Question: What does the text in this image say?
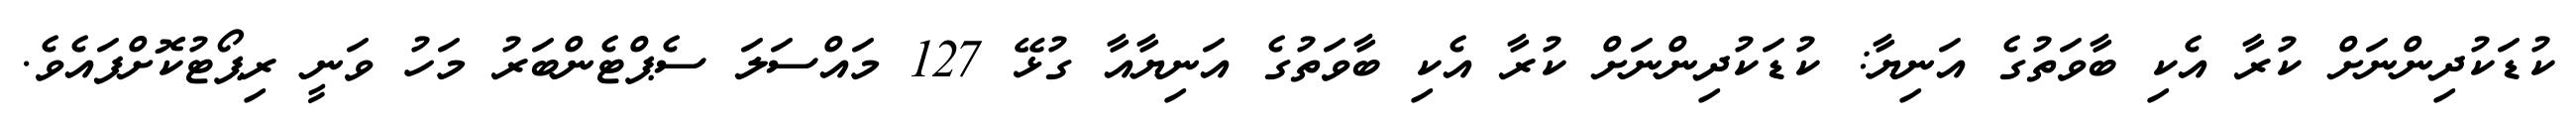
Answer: ކުޑަކުދިންނަށް ކުރާ އެކި ބާވަތުގެ އަނިޔާ: ކުޑަކުދިންނަށް ކުރާ އެކި ބާވަތުގެ އަނިޔާއާ ގުޅޭ 127 މައްސަލަ ސެޕްޓެންބަރު މަހު ވަނީ ރިޕޯޓުކޮށްފައެވެ.